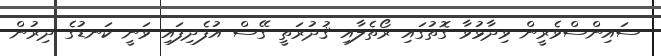
ސައިންސްވެރީން ވިދާޅުވާ ގޮތުގައި ރޯތެލާއި ޤުދުރަތީ ގޭސް އުފެދިފައި ވަނީ ކަނޑުގެ ދިރުން